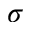
\sigma